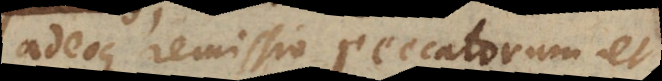
adeoque remissio peccatorum et